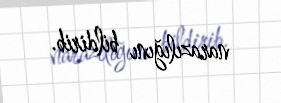
narazılığını bildirib.